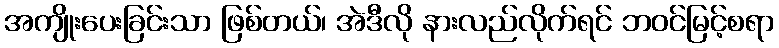
အကျိုးပေးခြင်းသာ ဖြစ်တယ်၊ အဲဒီလို နားလည်လိုက်ရင် ဘဝင်မြင့်စရာ